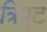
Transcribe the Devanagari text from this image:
त्रिपुट